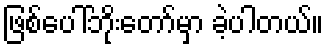
ဖြစ်ပေါ်ဘိုးတော်မှာ ခဲ့ပါတယ်။